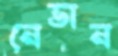
নেভান